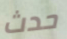
حدث